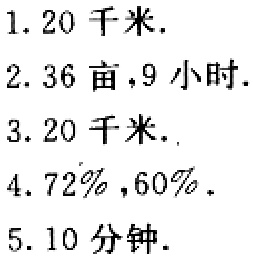
1. 20千米.

2. 36亩,9小时.

3. 20千米.

4. 72%,60%.

5. 10分钟.